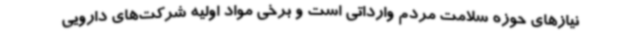
نیازهای حوزه سلامت مردم وارداتی است و برخی مواد اولیه شرکت‌های دارویی